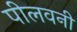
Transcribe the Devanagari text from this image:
पीलवनी